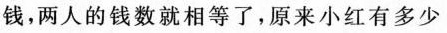
钱，两人的钱数就相等了，原来小红有多少